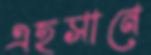
এহসানে